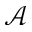
\mathcal { A }